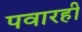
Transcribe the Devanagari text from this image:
पवारही